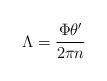
LaTeX: \begin{align*}\Lambda={\frac{\Phi\theta^{\prime}}{2\pi n}}\end{align*}